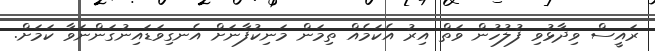
ރައީސް ވިދާޅުވި ފުލުހުން ވަތް އިރު އެކަމެއް ތިމަން މަނިކުފާނަށް އެނގިވަޑައިނުގަންނަވާ ކަމަށް.